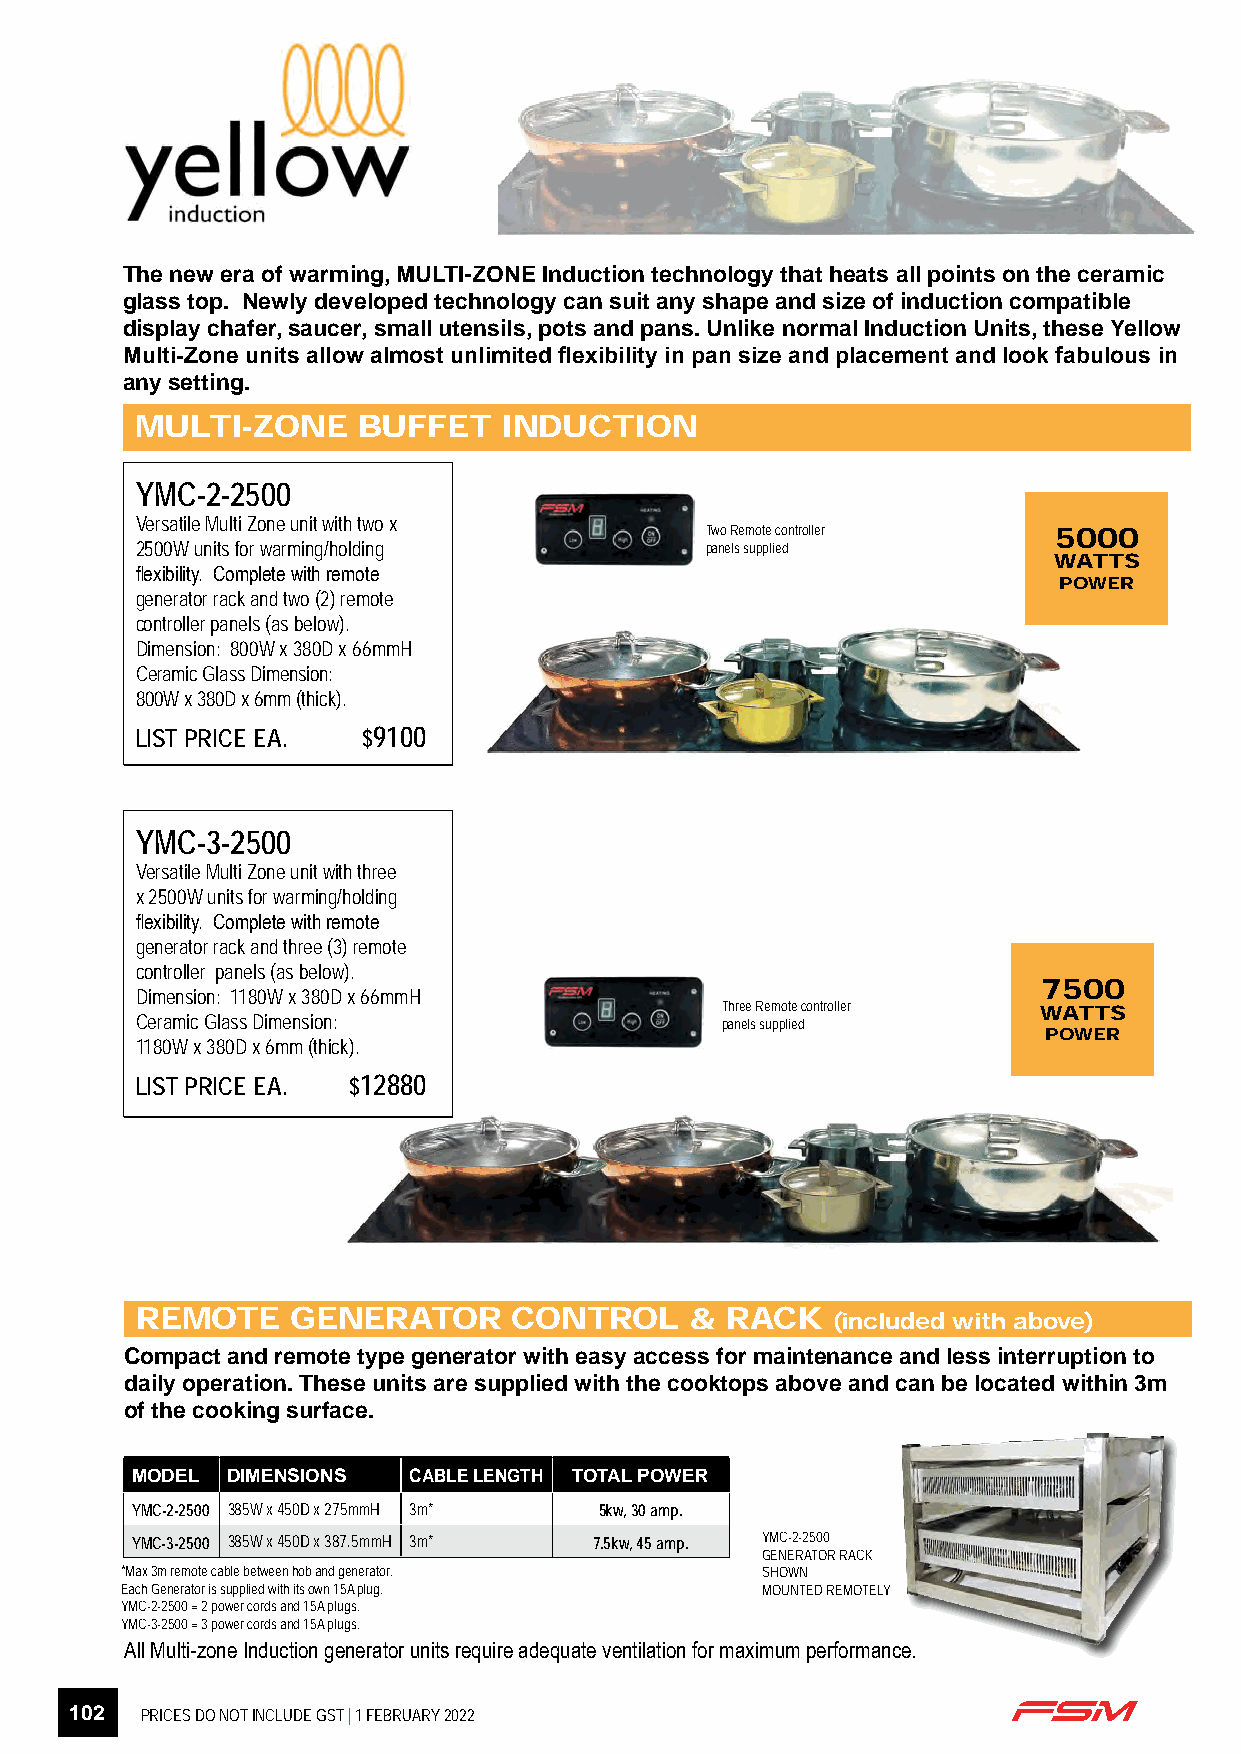
The new era of warming, MULTI-ZONE Induction technology that heats all points on the ceramic
 glass top. Newly developed technology can suit any shape and size of induction compatible
 display chafer, saucer, small utensils, pots and pans. Unlike normal Induction Units, these Yellow
 Multi-Zone units allow almost unlimited flexibility in pan size and placement and look fabulous in
 any setting.
 MULTI-ZONE     BUFFET   INDUCTION
 YMC-2-2500
 Versatile Multi Zone unit with two x
 Two Remote controller  5000
 2500W units for warming/holding       panels supplied
 WATTS
 flexibility. Complete with remote
 POWER
 generator rack and two (2) remote
 controller panels (as below).
 Dimension: 800W x 380D x 66mmH
 Ceramic Glass Dimension:
 800W x 380D x 6mm (thick).
 LIST PRICE EA. $9100
 YMC-3-2500
 Versatile Multi Zone unit with three
 x 2500W units for warming/holding
 flexibility. Complete with remote
 generator rack and three (3) remote
 controller panels (as below).
 7500
 Dimension: 1180W x 380D x 66mmH
 Three Remote controller WATTS
 Ceramic Glass Dimension:               panels supplied
 POWER
 1180W x 380D x 6mm (thick).
 LIST PRICE EA. $12880
 REMOTE    GENERATOR      CONTROL     & RACK   (included with above)
 Compact and remote type generator with easy access for maintenance and less interruption to
 daily operation. These units are supplied with the cooktops above and can be located within 3m
 of the cooking surface.
 MODEL DIMENSIONS  CABLE LENGTH TOTAL POWER
 YMC-2-2500 385W x 450D x 275mmH 3m* 5kw, 30 amp.
 YMC-3-2500 385W x 450D x 387.5mmH 3m* 7.5kw, 45 amp. YMC-2-2500
 GENERATOR RACK
 *Max 3m remote cable between hob and generator. SHOWN
 Each Generator is supplied with its own 15A plug. MOUNTED REMOTELY
 YMC-2-2500 = 2 power cords and 15A plugs.
 YMC-3-2500 = 3 power cords and 15A plugs.
 All Multi-zone Induction generator units require adequate ventilation for maximum performance.
 102 PRICES DO NOT INCLUDE GST | 1 FEBRUARY 2022